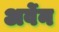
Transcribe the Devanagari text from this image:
अर्वेन